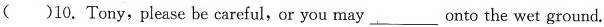
( )10.Tony,please be careful,or you may___ onto the wet ground.